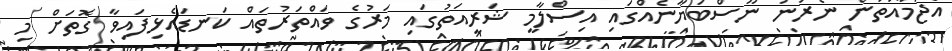
އެޖަމާއަތުން ނެރުނު ނޫސްބަޔާނެއްގައި އިސްލާމީ ޝަރީއަތުގައި މަރުގެ ވައްތަރުތައް ކަނޑައެޅިފައިވާ ގޮތަށް މި